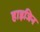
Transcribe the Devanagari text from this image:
हाइजिन